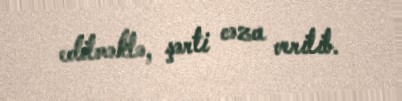
edilməklə, şərti cəza verilib.